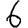
Digit: 6